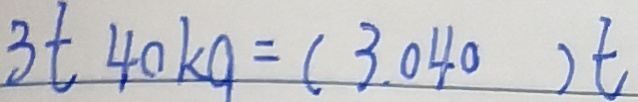
3 t 4 0 k g = ( 3 . 0 4 0 ) t